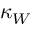
\kappa _ { W }